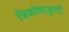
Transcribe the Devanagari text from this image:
त्रिकोणाकृती